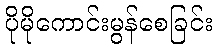
ပိုမိုကောင်းမွန်စေခြင်း